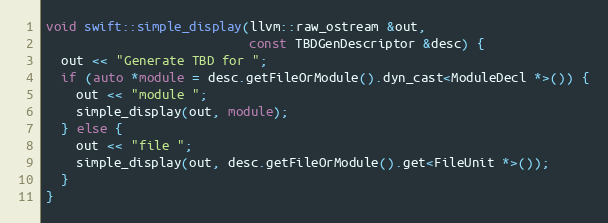
Language: C++
void swift::simple_display(llvm::raw_ostream &out,
                           const TBDGenDescriptor &desc) {
  out << "Generate TBD for ";
  if (auto *module = desc.getFileOrModule().dyn_cast<ModuleDecl *>()) {
    out << "module ";
    simple_display(out, module);
  } else {
    out << "file ";
    simple_display(out, desc.getFileOrModule().get<FileUnit *>());
  }
}